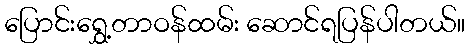
ပြောင်းရွှေ့တာဝန်ထမ်း ဆောင်ရပြန်ပါတယ်။